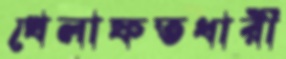
খেলাফতধারী